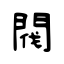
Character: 閥